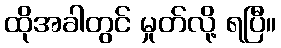
ထိုအခါတွင် မှုတ်လို့ ရပြီ။